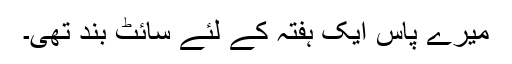
میرے پاس ایک ہفتہ کے لئے سائٹ بند تھی۔